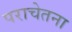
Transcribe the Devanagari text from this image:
पराचेतना